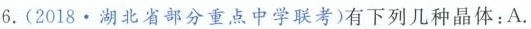
6.(2018·湖北省部分重点中学联考)有下列几种晶体：A.